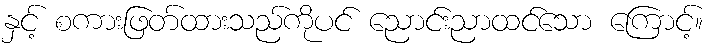
နှင့် စကားဖြတ်ထားသည်ကိုပင် ညောင်းညာထင်သော ကြောင့်။